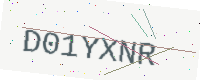
Text: D01YXNR